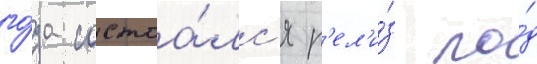
го́да состоа́лс'я р'ел'и́з по́д